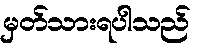
မှတ်သားရပါသည်